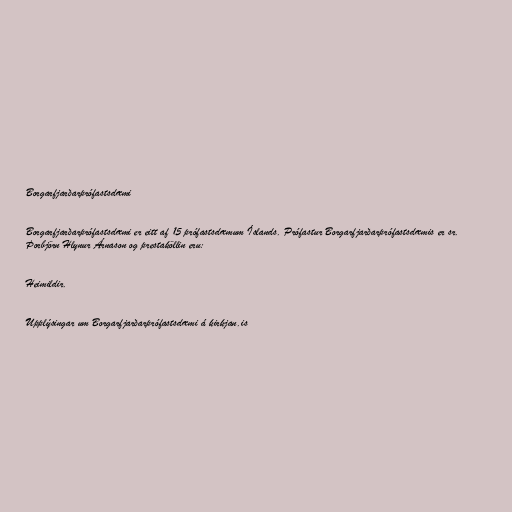
Borgarfjarðarprófastsdæmi

Borgarfjarðarprófastsdæmi er eitt af 15 prófastsdæmum Íslands. Prófastur Borgarfjarðarprófastsdæmis er sr.
Þorbjörn Hlynur Árnason og prestaköllin eru:

Heimildir.

Upplýsingar um Borgarfjarðarprófastsdæmi á kirkjan.is